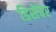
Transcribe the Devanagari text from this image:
डिसेंबेर